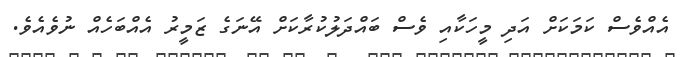
އެއްވެސް ކަމަކަށް އަދި މީހަކާއި ވެސް ބައްދަލުކުރާކަށް އޭނަގެ ޒަމީރު އެއްބަހެއް ނުވެއެވެ.